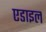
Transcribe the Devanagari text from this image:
एडाइल